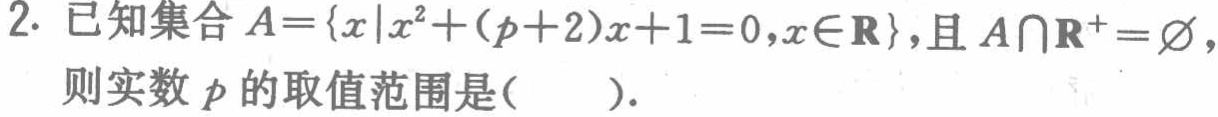
2. 已知集合$A = \{x|x^{2}+(p + 2)x + 1 = 0,x\in\mathbf{R}\}$，且$A\cap\mathbf{R}^{+}=\varnothing$，
则实数$p$的取值范围是( ).